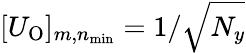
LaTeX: [U_{\mathrm{O}}]_{m,n_{\mathrm{min}}}=1/\sqrt{N_{y}}